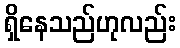
ရှိနေသည်ဟုလည်း